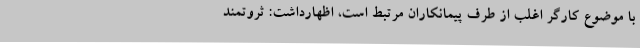
با موضوع کارگر اغلب از طرف پیمانکاران مرتبط است، اظهارداشت: ثروتمند